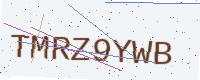
Text: TMRZ9YWB